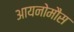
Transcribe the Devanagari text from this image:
आयनोमौस